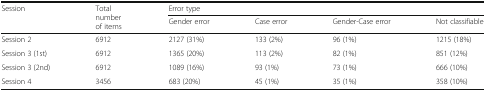
<table><thead><tr><td rowspan="2"><b>Session</b></td><td rowspan="2"><b>Total number of items</b></td><td colspan="4"><b>Error type</b></td></tr><tr><td><b>Gender error</b></td><td><b>Case error</b></td><td><b>Gender-Case error</b></td><td><b>Not classifiable</b></td></tr></thead><tbody><tr><td>Session 2</td><td>6912</td><td>2127 (31%)</td><td>133 (2%)</td><td>96 (1%)</td><td>1215 (18%)</td></tr><tr><td>Session 3 (1st)</td><td>6912</td><td>1365 (20%)</td><td>113 (2%)</td><td>82 (1%)</td><td>851 (12%)</td></tr><tr><td>Session 3 (2nd)</td><td>6912</td><td>1089 (16%)</td><td>93 (1%)</td><td>73 (1%)</td><td>666 (10%)</td></tr><tr><td>Session 4</td><td>3456</td><td>683 (20%)</td><td>45 (1%)</td><td>35 (1%)</td><td>358 (10%)</td></tr></tbody></table>